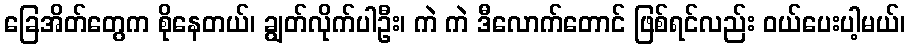
ခြေအိတ်တွေက စိုနေတယ်၊ ချွတ်လိုက်ပါဦး၊ ကဲ ကဲ ဒီလောက်တောင် ဖြစ်ရင်လည်း ဝယ်ပေးပါ့မယ်၊